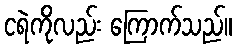
ငရဲကိုလည်း ကြောက်သည်။